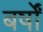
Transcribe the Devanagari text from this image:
बर्षोंं